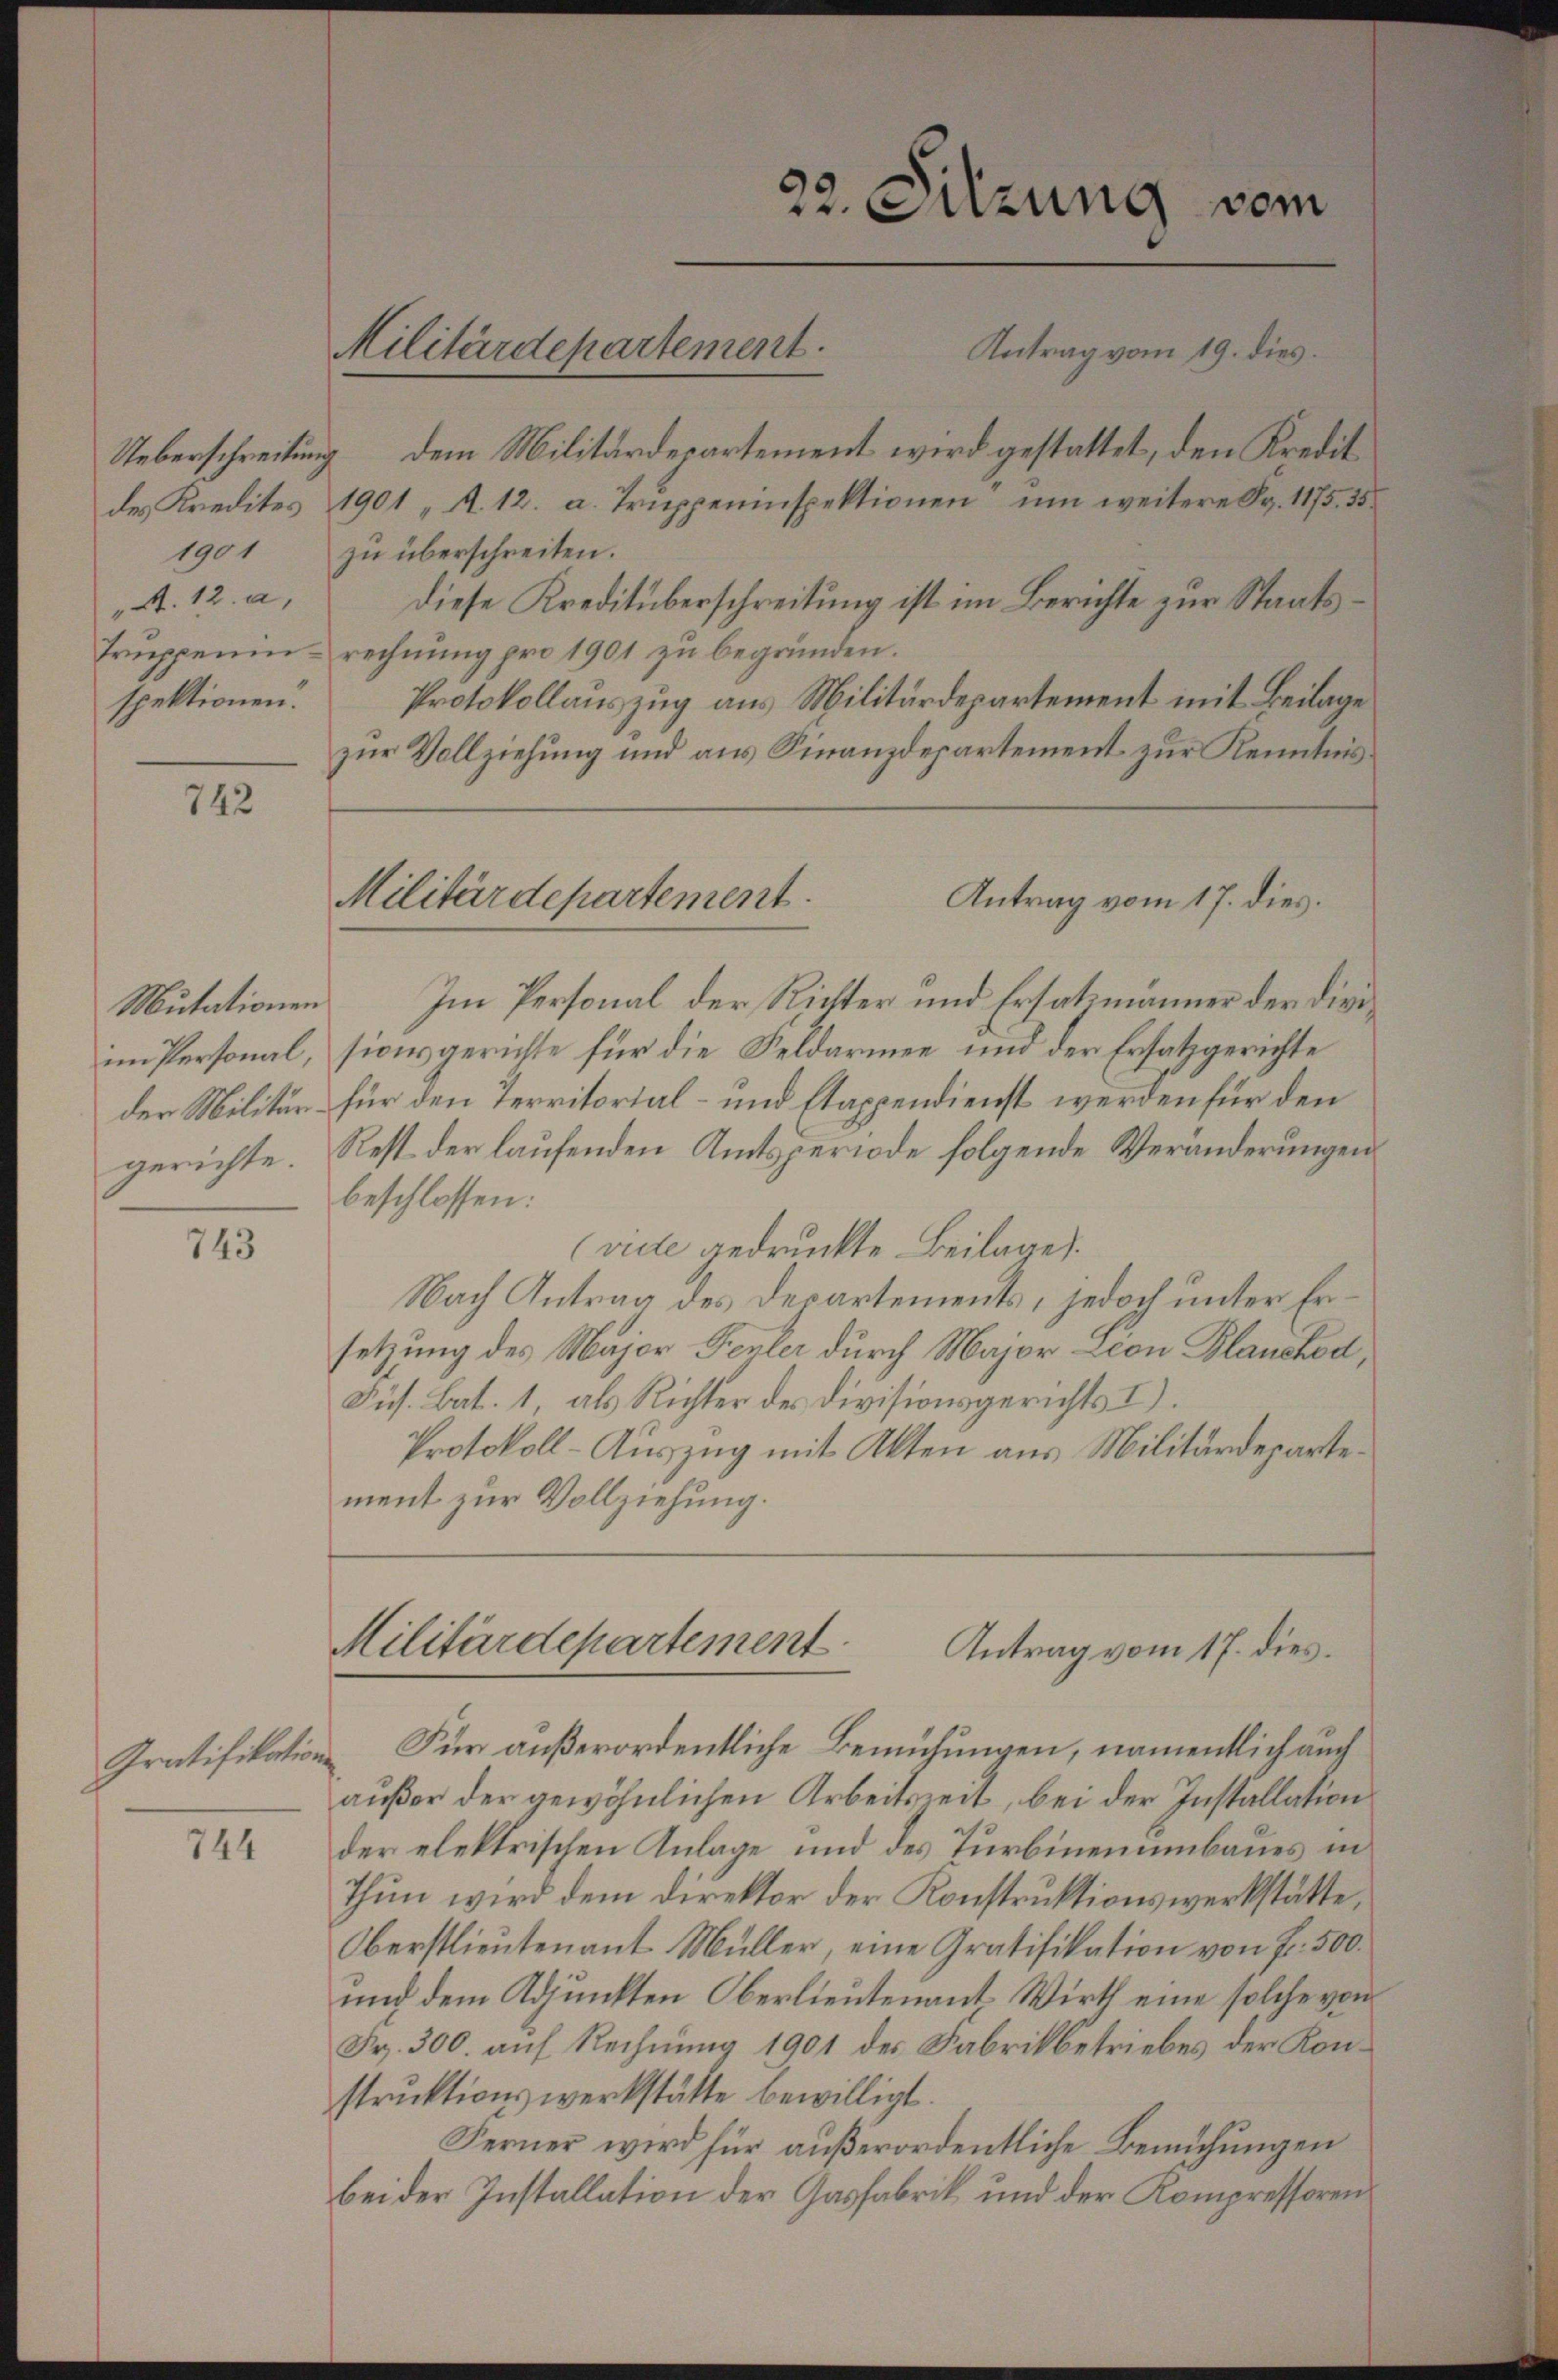
A. 12. a.
spektionen.

742

Mutationen
mn Personal,
der Militär
gerichte.

743

Gratifikation

744

1901 zu überschreiten.
diese Kreditüberschreitung ist im Berichte zur Staats¬
Truppenin-rechnung pro 1901 zu begründen.
Protokollaŭszŭg ans Militärdepartement mit Beilage
zur Vollziehung und aus Finanzdepartement zur Kenntnis¬

Militärdepartement.

Im Personal der Richter und Ersatzmänner der Divisionsgerichte für die Feldarmen und der Ersatzgerichte
für den Territorial- und Etappendienst werden für den
Rest der laufenden Amtsperiode folgende Veränderungen
beschlossen:
(viele gedruckte Beilage.
Nach Antrag des Departements, jedoch unter Ersetzung des Major Feuler durch Major Leon Blanchor,
Jus. Bat. 1, als Richter des Divisionsgerichts I).
Protokoll-Auszug mit Akten aus Militärdepartement zur Vollziehung.

22. Sitzung vom
Antrag vom 19. dies
Ueberschreibung dem Militärdepartement wird gestattet, den Kredit
des Kredites 1901 „A. 12. a. Truppeninspektionen“ um weitere Fr. 1175. 15

Militärdepartement.
Antrag vom 17. dies.

Militärdepartement
Antrag vom 17. dies

Für außerordentliche Bemühungen, namentlich auch
außer der gewöhnlichen Arbeitszeit, bei der Installation
der elektrischen Anlage und des Turbinenumbaues in
thun wird dem Direktor der Konstruktionswerkstätte,
Oberstlieutenant Müller, eine Gratifikation von Fr. 500.
und dem Adjunkten Oberlieutenant Wirth eine solche von
Fr. 300. auf Rechnung 1901 des Fabrikbetriebes der Konstruktionswerkstätte bewilligt.
Ferner wird für außerordentliche Bemühungen
bei der Installation der Gasfabrik und der Kompressoren¬